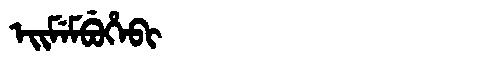
Manchu: ᡝᡳᠮᡝᠮᠪᡠᡥᡝᠪᡳ
Romanization: EIMEMBUHEBI